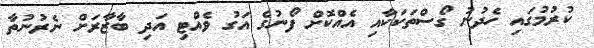
ކުރުމުގައި ހެދުނު ގޯސްތަކަކާއި އެއްކޮށް ފޯނުގެ އަގު ވެއްޓި އަދި ބާޒާރަށް ނެރުނުތާ